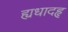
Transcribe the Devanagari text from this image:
ह्यधादहृ